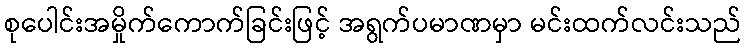
စုပေါင်းအမှိုက်ကောက်ခြင်းဖြင့် အရွက်ပမာဏမှာ မင်းထက်လင်းသည်